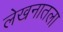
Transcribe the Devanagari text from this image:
लेखनातला